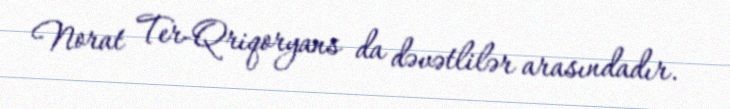
Norat Ter-Qriqoryans da dəvətlilər arasındadır.